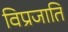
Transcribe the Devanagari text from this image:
विप्रजाति